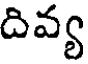
దివ్య